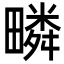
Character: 疄